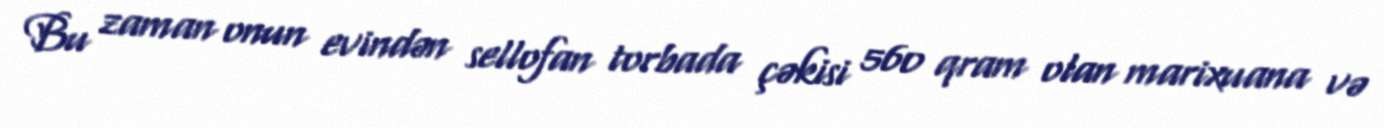
Bu zaman onun evindən sellofan torbada çəkisi 560 qram olan marixuana və